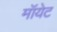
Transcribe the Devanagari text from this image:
मॉयेट